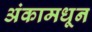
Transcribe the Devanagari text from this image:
अंकामधून